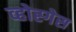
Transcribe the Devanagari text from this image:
व्होस्गेस